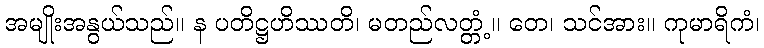
အမျိုးအနွယ်သည်။ န ပတိဋ္ဌဟိဿတိ၊ မတည်လတ္တံ့။ တေ၊ သင်အား။ ကုမာရိကံ၊